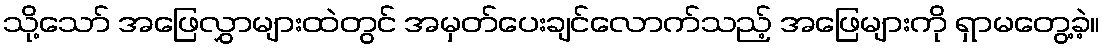
သို့သော် အဖြေလွှာများထဲတွင် အမှတ်ပေးချင်လောက်သည့် အဖြေများကို ရှာမတွေ့ခဲ့။